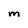
Character: M